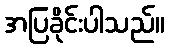
အပြခိုင်းပါသည်။